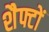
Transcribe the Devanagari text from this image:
शैफ्टों